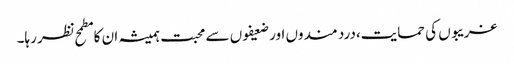
غریبوں کی حمایت،درد مندوں اور ضعیفوں سے محبت ہمیشہ ان کا مطمح نظر رہا۔